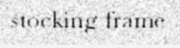
stocking-frame